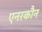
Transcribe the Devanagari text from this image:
एनरकौन